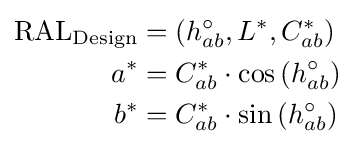
{\begin{aligned}{\text{RAL}}_{\text{Design}}&=\left(h_{ab}^{\circ },L^{*},C_{ab}^{*}\right)\\a^{*}&=C_{ab}^{*}\cdot \cos \left(h_{ab}^{\circ }\right)\\b^{*}&=C_{ab}^{*}\cdot \sin \left(h_{ab}^{\circ }\right)\end{aligned}}